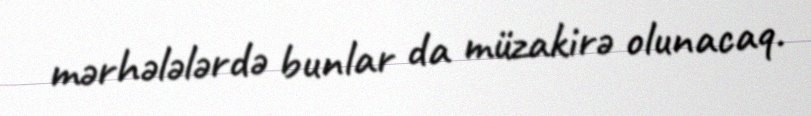
mərhələlərdə bunlar da müzakirə olunacaq.